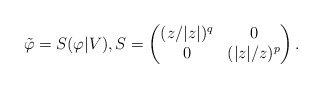
\begin{align*}\tilde\varphi = S(\varphi|V),S = \begin{pmatrix} (z/|z|)^q &0\\0&(|z|/z)^p \end{pmatrix}.\end{align*}